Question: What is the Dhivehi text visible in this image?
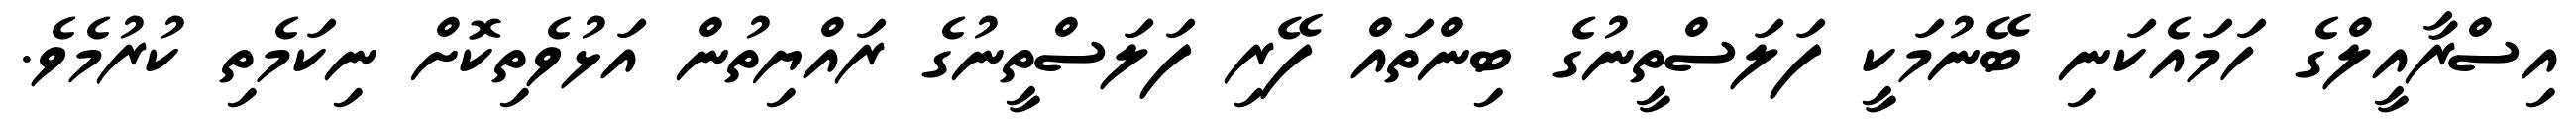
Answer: އިސްރާއީލްގެ ހަމައެކަނި ބޭނުމަކީ ފަލަސްތީނުގެ ބިންތައް ފޭރި ފަލަސްތީނުގެ ރައްޔިތުން އަޅުވެތިކޮށް ނިކަމެތި ކުރުމެވެ.